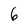
Character: 6